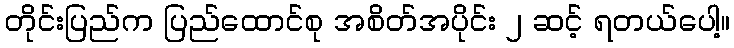
တိုင်းပြည်က ပြည်ထောင်စု အစိတ်အပိုင်း ၂ ဆင့် ရတယ်ပေါ့။